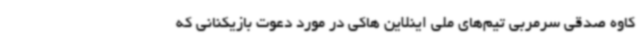
کاوه صدقی سرمربی تیم‌های ملی اینلاین هاکی در مورد دعوت بازیکنانی که